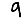
Digit: 9